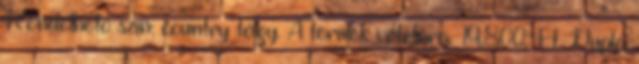
Rendelhető szín: country tölgy. A termék vételára: 19.800.-Ft. Dupla